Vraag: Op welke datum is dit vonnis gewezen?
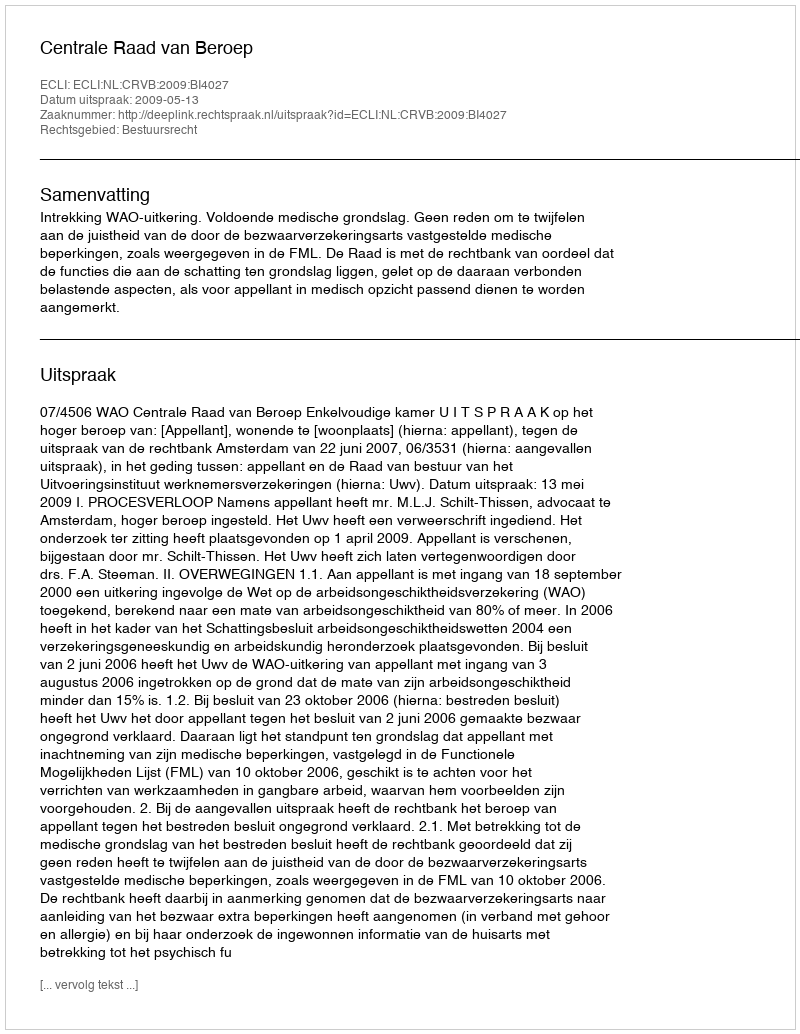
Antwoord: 2009-05-13